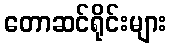
တောဆင်ရိုင်းများ